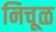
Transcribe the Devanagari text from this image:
निचूळ